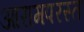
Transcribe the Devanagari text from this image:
आरामपरस्त